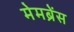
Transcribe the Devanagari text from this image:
मेमब्रेंस